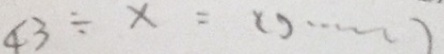
4 3 \div x = ( ) \cdots ( )